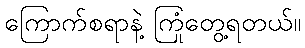
ကြောက်စရာနဲ့ ကြုံတွေ့ရတယ်။